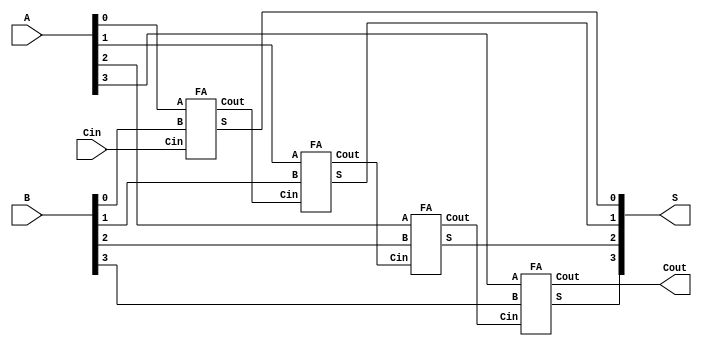
// This program was cloned from: https://github.com/matthewdelorenzo/CreativEval
// License: BSD 3-Clause "New" or "Revised" License

module top(A, B, Cin, S, Cout);

input [3:0] A,B;
input Cin;
output [3:0] S;
output Cout;
wire [3:1] C;

FA FA0(A[0], B[0], Cin, S[0], C[1]);
FA FA1(A[1], B[1], C[1], S[1], C[2]);
FA FA2(.Cin(C[2]), .S(S[2]), .A(A[2]), .Cout(C[3]), .B(B[2]));
FA FA3(A[3], B[3], C[3], S[3], Cout);

endmodule

module FA(A, B, Cin, S, Cout);

input A,B,Cin;
output S,Cout;
assign {Cout,S} = A+B+Cin;

endmodule